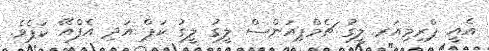
އެއީ ޕްރިމިއަރ ލީގު ޗެމްޕިއަންސް ލީގު ލީގު ކަޕް އަދި އެފްއޭ ކަޕެވެ.